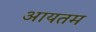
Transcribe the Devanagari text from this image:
आयतम